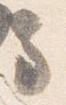
馬